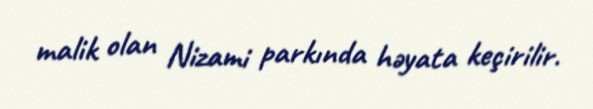
malik olan Nizami parkında həyata keçirilir.